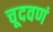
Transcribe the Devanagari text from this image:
चूदवणं